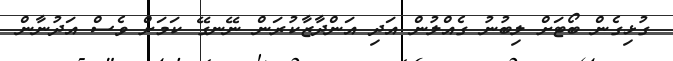
ގުޅިގެން ބޯޓަށް ލިބުނު ގެއްލުން އަދި އަންދާޒާކުރަން ނޭނގޭ ކަމަށް ވެސް އަދުނާން